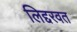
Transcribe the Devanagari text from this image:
लिद्दरवत